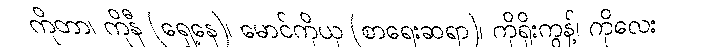
ကိုတာ၊ ကိုနီ (ရှေ့နေ)၊ မောင်ကိုယု (စာရေးဆရာ)၊ ကိုရိုးကွန့်၊ ကိုလေး